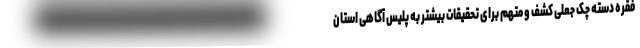
فقره دسته چک جعلی کشف و متهم برای تحقیقات بیشتر به پلیس آگاهی استان